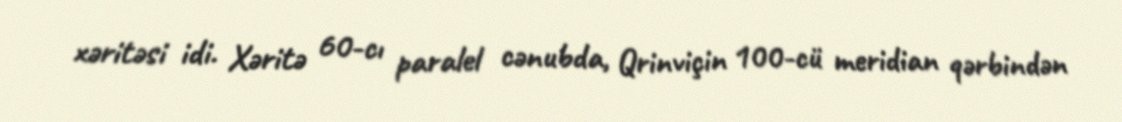
xəritəsi idi. Xəritə 60-cı paralel cənubda, Qrinviçin 100-cü meridian qərbindən